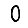
Digit: 0